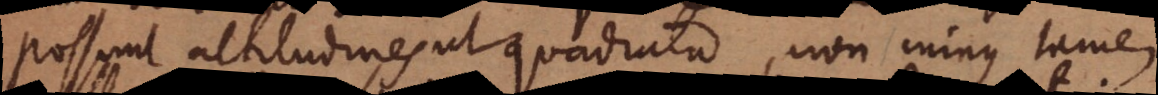
possunt altitudines ut quadrata, non minus tamen